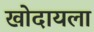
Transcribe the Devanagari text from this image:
खोदायला